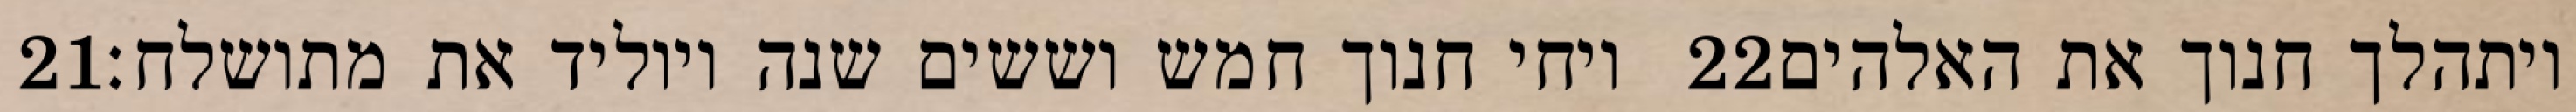
‎21‏ ויחי חנוך חמש וששים שנה ויוליד את מתושלח׃ ‎22‏ ויתהלך חנוך את האלהים